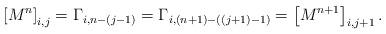
LaTeX: \begin{align*}\left[ M^n \right]_{i,j}=\Gamma_{i,n-(j-1)} = \Gamma_{i,(n+1)-((j+1)-1)}=\left[ M^{n+1} \right]_{i,j+1}.\end{align*}